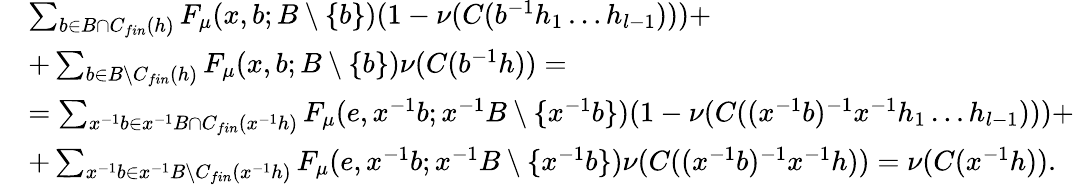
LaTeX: \begin{array}{rl}&{\sum_{b\in B\cap C_{fin}(h)}F_{\mu}(x,b;B\setminus\{ b\} )(1-\nu(C(b^{-1}h_{1}\dots h_{l-1})))+}\\ &{+\sum_{b\in B\setminus C_{fin}(h)}F_{\mu}(x,b;B\setminus\{ b\} )\nu(C(b^{-1}h))=}\\ &{=\sum_{x^{-1}b\in x^{-1}B\cap C_{fin}(x^{-1}h)}F_{\mu}(e,x^{-1}b;x^{-1}B\setminus\{ x^{-1}b\} )(1-\nu(C((x^{-1}b)^{-1}x^{-1}h_{1}\dots h_{l-1})))+}\\ &{+\sum_{x^{-1}b\in x^{-1}B\setminus C_{fin}(x^{-1}h)}F_{\mu}(e,x^{-1}b;x^{-1}B\setminus\{ x^{-1}b\} )\nu(C((x^{-1}b)^{-1}x^{-1}h))=\nu(C(x^{-1}h)).}\end{array}